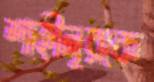
শাহীনূরকে